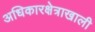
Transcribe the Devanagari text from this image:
अधिकारक्षेत्राखाली